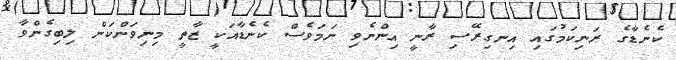
ކެނެޑާގެ ރަނިކަމުގައި އިނގިރޭސި ރާނީ އިންނެވި ނަމަވެސް ކެނެޑާއަކީ ޒާތީ މިނިވަންކަން ލިބިގެންވާ